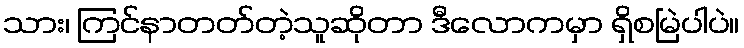
သား၊ ကြင်နာတတ်တဲ့သူဆိုတာ ဒီလောကမှာ ရှိစမြဲပါပဲ။